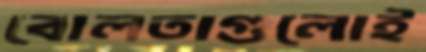
বোলতাগুলোই